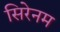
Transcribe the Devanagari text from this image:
सिरेनम